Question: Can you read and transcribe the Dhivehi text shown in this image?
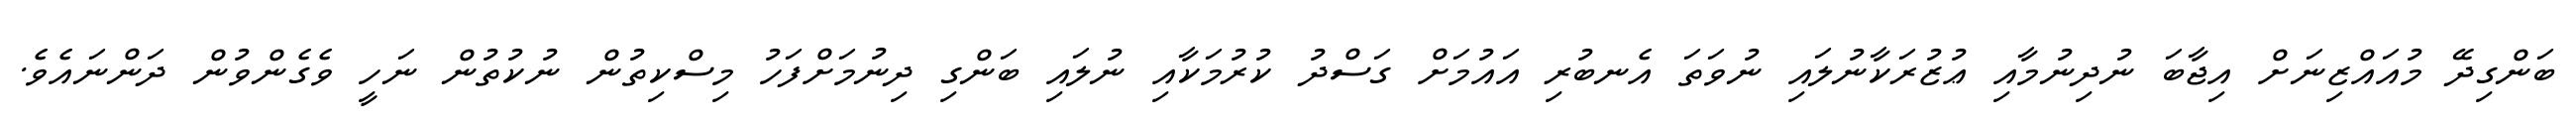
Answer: ބަންގިދޭ މުއައްޒިނަށް އިޖާބަ ނުދިނުމާއި ޢުޒުރަކާނުލައި ނުވަތަ އެނބުރި އައުމަށް ގަސްދު ކުރުމަކާއި ނުލައި ބަންގި ދިނުމަށްފަހު މިސްކިތުން ނުކުތުން ނަހީ ވެގެންވުން ދަންނައެވެ.